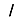
Digit: 1